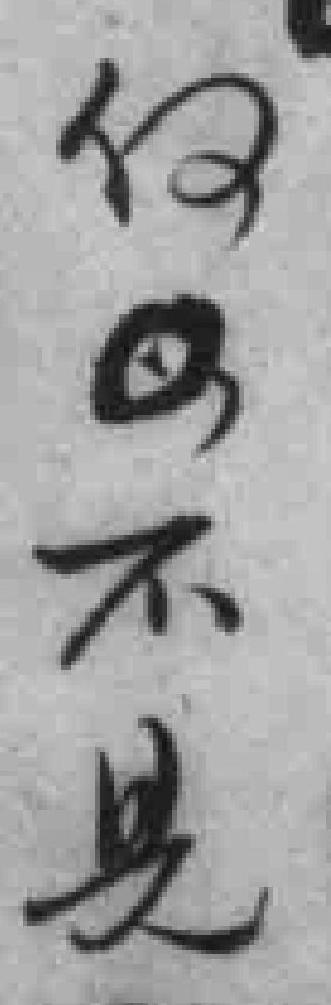
何*不是